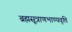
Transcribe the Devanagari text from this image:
ब्रह्मसूत्राणभाण्यवृत्ति